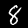
Label: 8